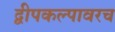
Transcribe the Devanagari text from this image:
द्वीपकल्पावरच